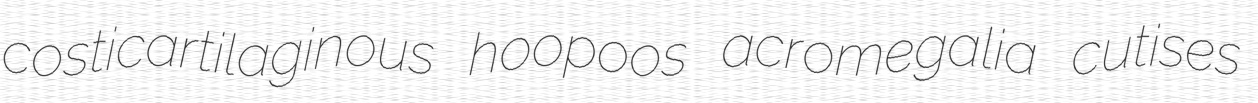
costicartilaginous hoopoos acromegalia cutises